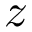
z